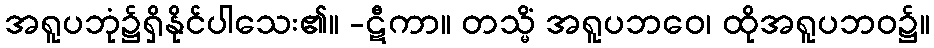
အရူပဘုံ၌ရှိနိုင်ပါသေး၏။ -ဋီကာ။ တသ္မိံ အရူပဘဝေ၊ ထိုအရူပဘဝ၌။